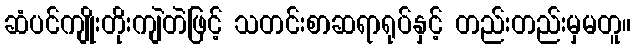
ဆံပင်ကျိုးတိုးကျဲတဲဖြင့် သတင်းစာဆရာရုပ်နှင့် တည်းတည်းမှမတူ။